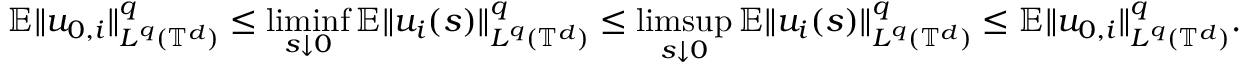
{ \mathbb E } \| u _ { 0 , i } \| _ { L ^ { q } ( { \mathbb T } ^ { d } ) } ^ { q } \leq \operatorname* { l i m i n f } _ { s \downarrow 0 } { \mathbb E } \| u _ { i } ( s ) \| _ { L ^ { q } ( { \mathbb T } ^ { d } ) } ^ { q } \leq \operatorname* { l i m s u p } _ { s \downarrow 0 } { \mathbb E } \| u _ { i } ( s ) \| _ { L ^ { q } ( { \mathbb T } ^ { d } ) } ^ { q } \leq { \mathbb E } \| u _ { 0 , i } \| _ { L ^ { q } ( { \mathbb T } ^ { d } ) } ^ { q } .